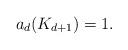
LaTeX: \begin{align*} a_d(K_{d+1})=1.\end{align*}